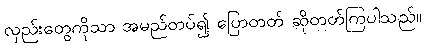
လှည်းတွေကိုသာ အမည်တပ်၍ ပြောတတ် ဆိုတတ်ကြပါသည်။